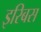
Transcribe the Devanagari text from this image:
इरिबस